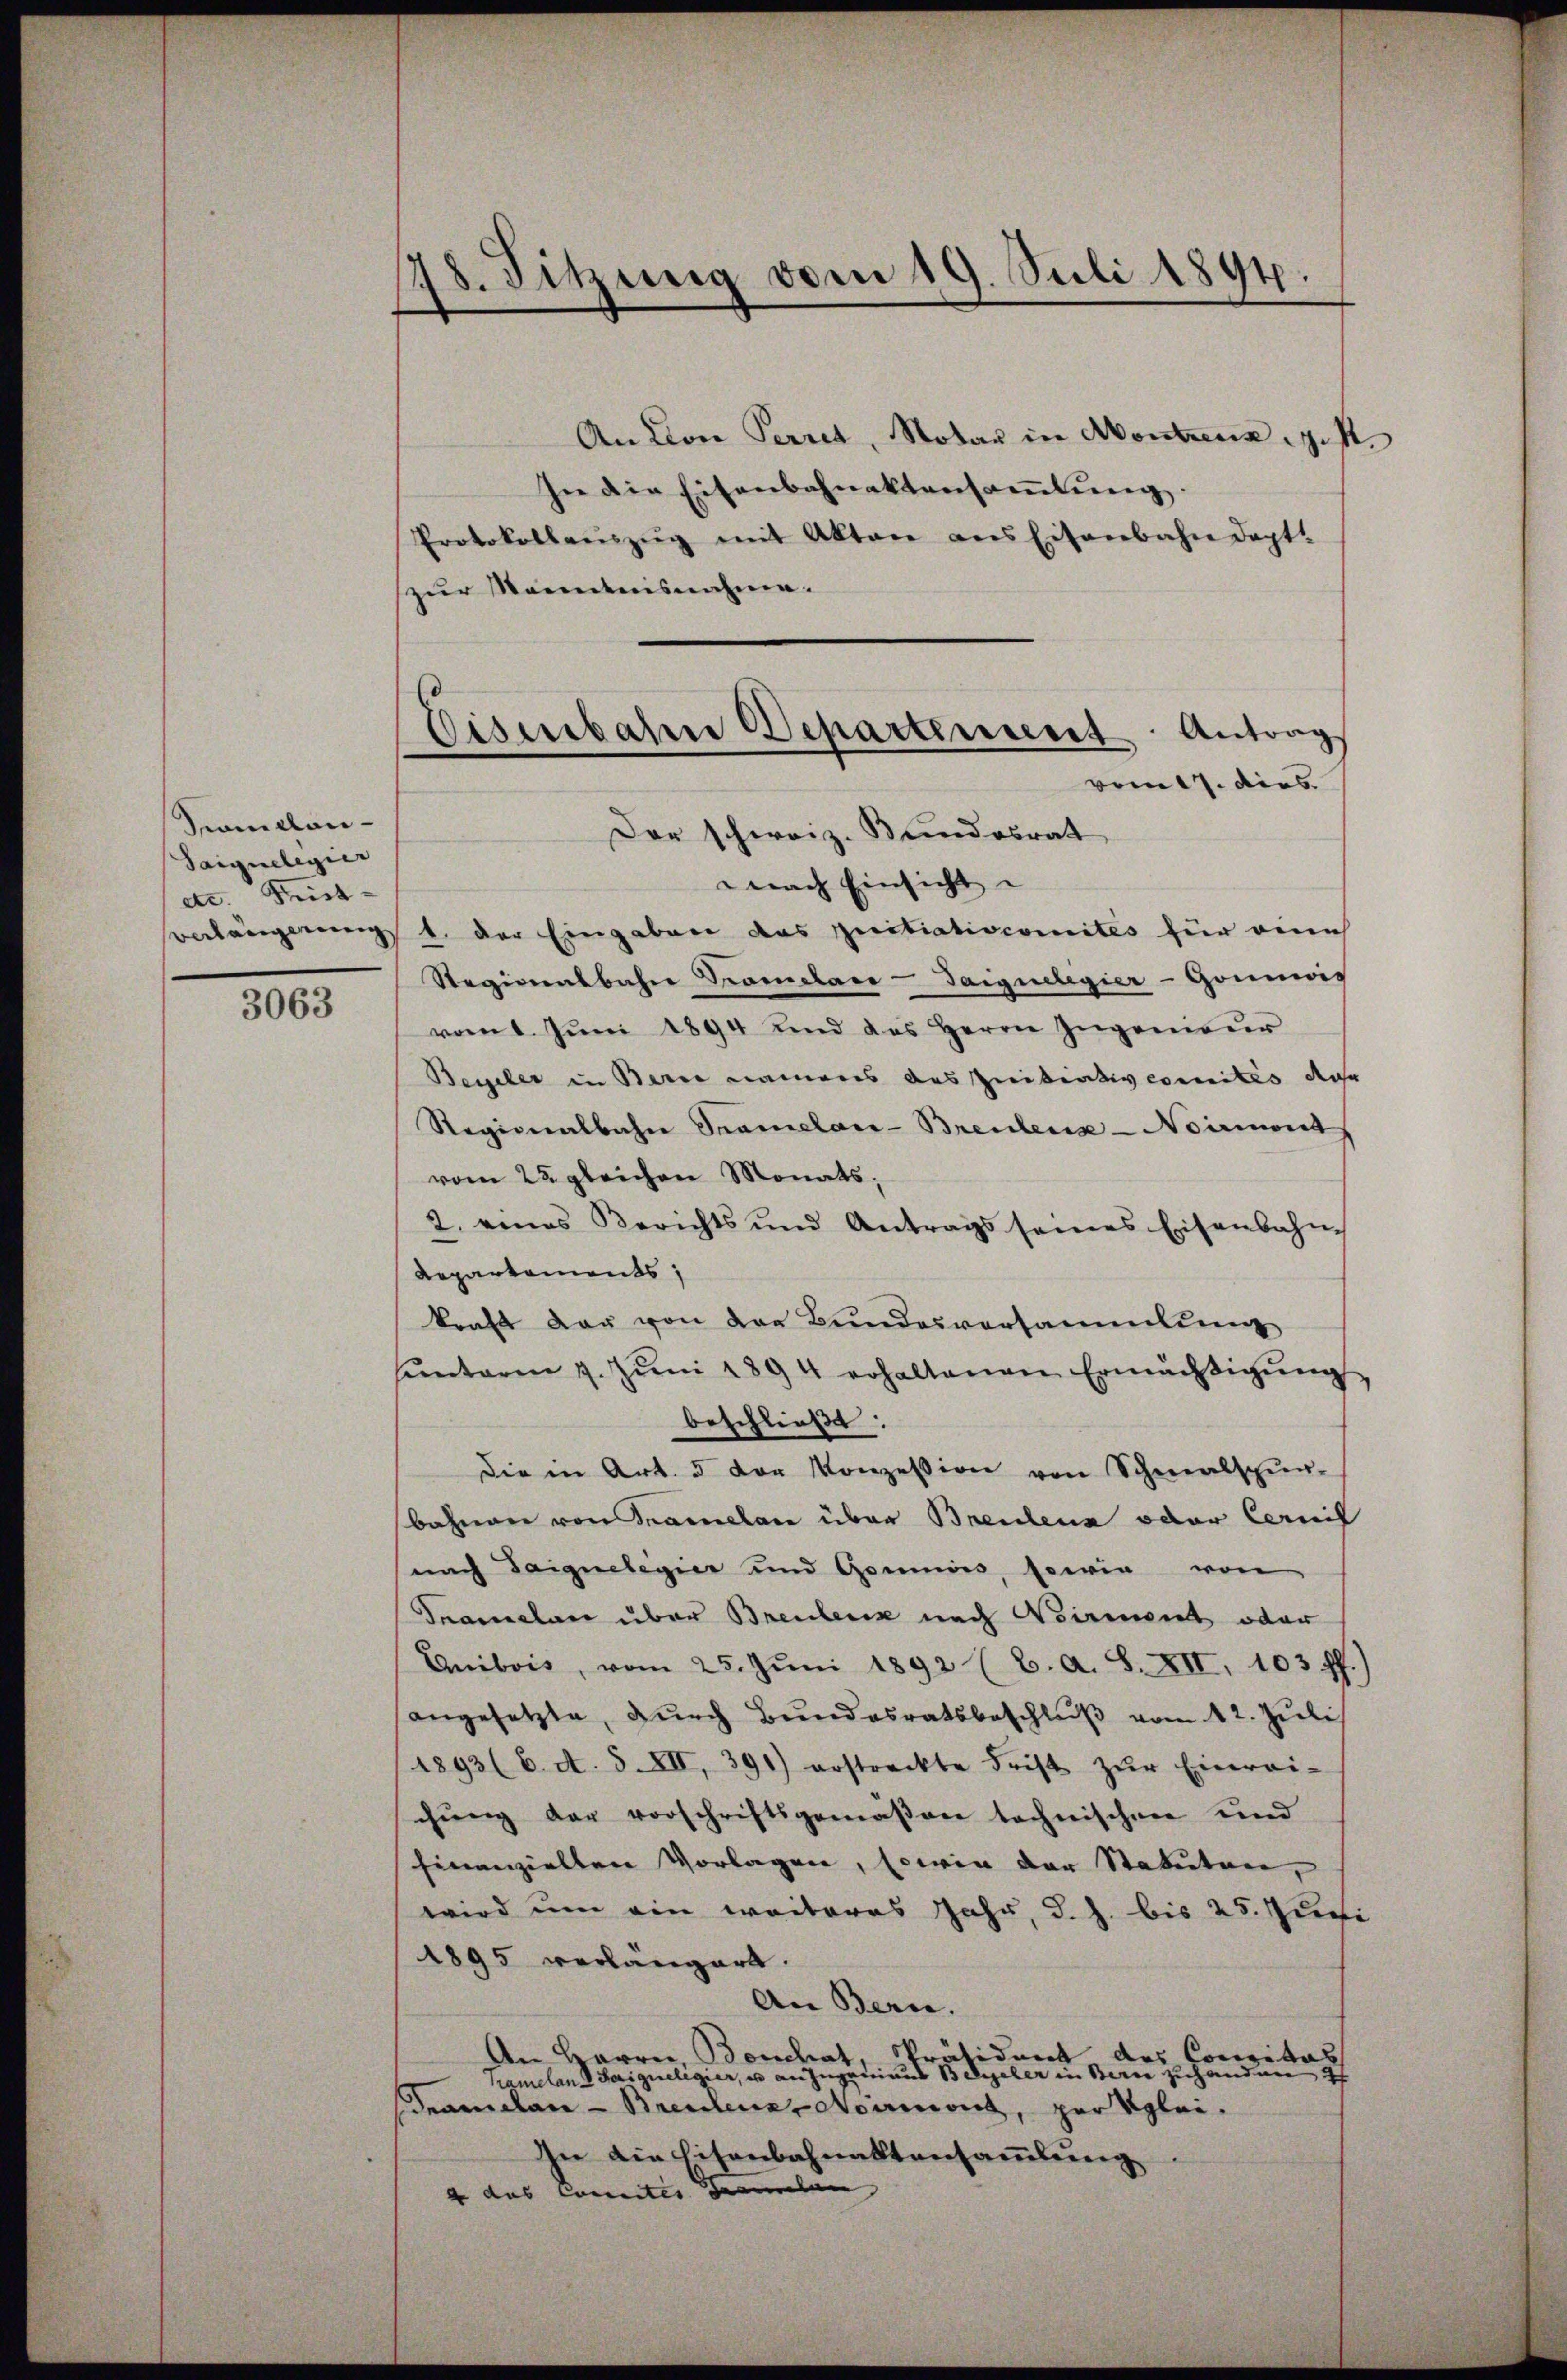
Seamclan-
Saiguelegier
dt. Frist¬

3063

178. Sitzung vom 19. Juli 1894.

Anton Perret, Notar in Montrenz gest
In die Eisenbahnaktensammlung.
Protokollaŭszŭg mit Akten ans Eisenbahn dopt
zur Kenntnisnahme.
Der schweiz. Bundesrat
nach Einsicht
onlängerung u. der Eingaben das Initiativcomites für eine
Ragionalbahn Promelace-Taiguelegier-Gommis
vom 1. Jŭni 1894 und das Herrn Ingenieur
Beyeler in Berne namens das quitiativ comités der
Ragionalbahn Spamelar-Breutena-Noient
vom 23. gleichen Monats;
2. eines Berichts und Antrags seines Eisenbahn
Repartements,
kraft der von der Bundesversammlung
sunterm 9. Jŭni 1894 erhaltenen Ermächtigŭng
beschließt:
die in Art. 5 der Konzession von Schmalspur-
bahnen von Tramelan über Breiten oder Cernil
(nach Saignelegier und Gemeins, sowie von
Tramelon über Brentenz nach Birment oder
Enibois, vom 25. Jŭni 1892 (2. A. S. XII, 103 ff.)
angesetzte, dŭrch Bŭndesratsbeschlŭβ vom 12. Jŭli
(1893 (6. A. S. XII, 391) erstreckte Frist zŭr Einrei-
chung der vorschriftsgemäßen technischen und
finanziellen Vorlagen, sowie der Statuten,
wird um ein weiteres Jahr, d. J. bis 25. Juni
1895 verlängert.
An Bern.
Präsident des Convita
An Herrn, Benchat,
hamelan Parigueligier, es an Ingeniaus Belieber in Bern zuhanden
Kramelan- Brentenz soumont, per klei¬
In die Eisenbahnaktensammlung
4 das Comités damalen |

Eisenbahn Departiniert: Antrag
vom 17. dies